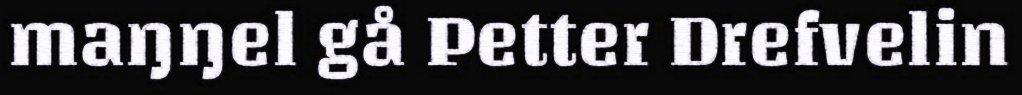
maŋŋel gå Petter Drefvelin